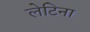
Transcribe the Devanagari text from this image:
लेटिना